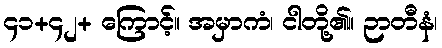
၄၁+၄၂+ ကြောင့်။ အမှာကံ၊ ငါတို့၏။ ဉာတီနံ၊